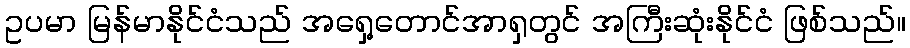
ဥပမာ မြန်မာနိုင်ငံသည် အရှေ့တောင်အာရှတွင် အကြီးဆုံးနိုင်ငံ ဖြစ်သည်။